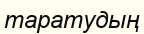
таратудың